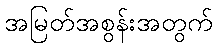
အမြတ်အစွန်းအတွက်